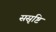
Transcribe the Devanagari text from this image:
ससृष्टि